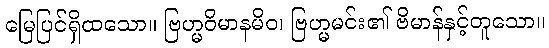
မြေပြင်ရှိထသော။ ဗြဟ္မဝိမာနမိဝ၊ ဗြဟ္မမင်း၏ ဗိမာန်နှင့်တူသော။